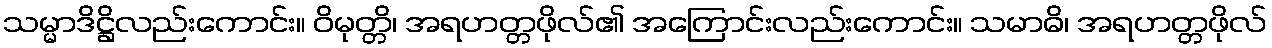
သမ္မာဒိဋ္ဌိလည်းကောင်း။ ဝိမုတ္တိ၊ အရဟတ္တဖိုလ်၏ အကြောင်းလည်းကောင်း။ သမာဓိ၊ အရဟတ္တဖိုလ်